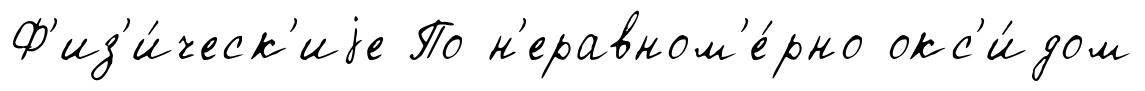
Ф'из'и́ческ'иjе По н'еравном'е́рно окс'и́дом